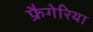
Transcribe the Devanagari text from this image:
फ्रैगेरिया